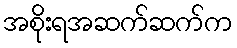
အစိုးရအဆက်ဆက်က